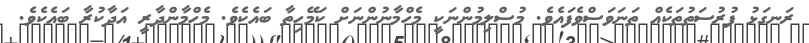
ރަނގަޅު ފުރުސަތުތަކެއް ތަނަވަސްވެފައެވެ. މުސްލިމުންނަކީ މެހްމާނުންނަށް ކަމޭހިތާ ބައެކެވެ. މެހްމާންދާރީ އަދާކުރާ ބައެކެވެ.